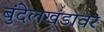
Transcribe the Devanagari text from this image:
बुंदेलखंडावर